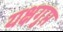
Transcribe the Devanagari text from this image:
यक्षगुप्त